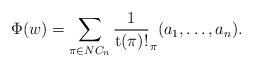
LaTeX: \begin{align*}\Phi(w)= \sum\limits_{\pi \in NC_n} \frac{1}{\mathrm{t}(\pi)!} _{\pi}(a_1, \ldots, a_n).\end{align*}